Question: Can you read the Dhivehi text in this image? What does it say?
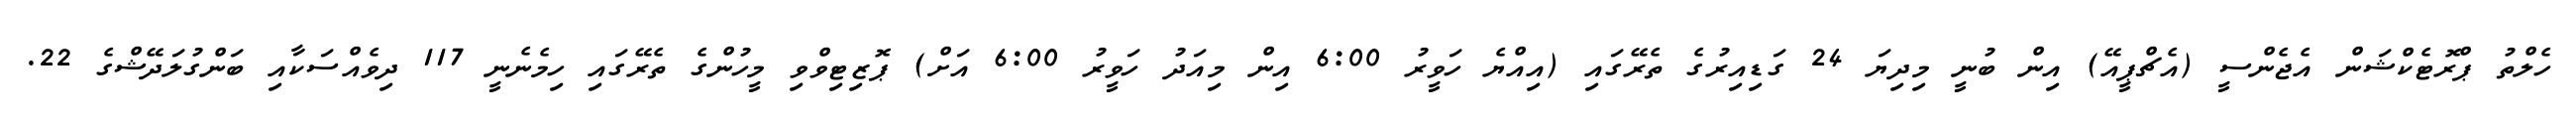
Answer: ހެލްތު ޕްރޮޓެކްޝަން އެޖެންސީ (އެޗްޕީއޭ) އިން ބުނީ މިދިޔަ 24 ގަޑިއިރުގެ ތެރޭގައި (އިއްޔެ ހަވީރު 6:00 އިން މިއަދު ހަވީރު 6:00 އަށް) ޕޮޒިޓިވްވި މީހުންގެ ތެރޭގައި ހިމެނެނީ 117 ދިވެއްސަކާއި ބަންގުލަދޭޝްގެ 22.